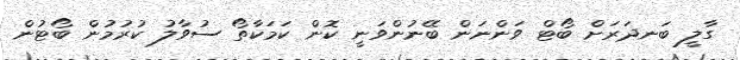
ގާލީ ބަނދަރަށް ބޯޓް ވަންނަން ބޭނުންވަނީ ކޮން ކަމަކާތޯ ސުވާލު ކުރުމުން ބޯޓުން